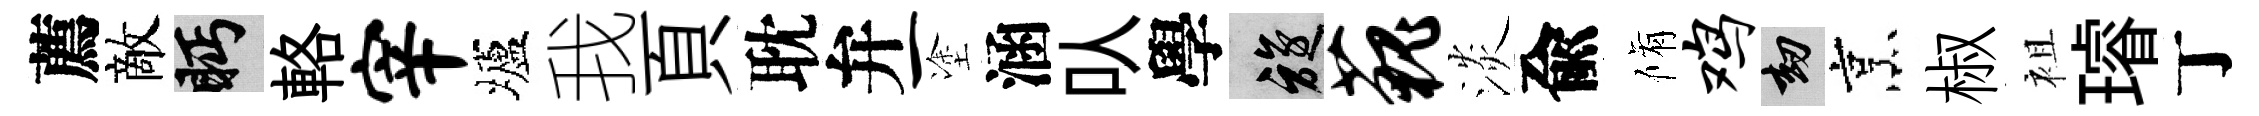
薦敵眄輅宰壚我頁耽弁一塗涵㕥學旋藐淡兪脩鸡劫烹椒袓璿丁